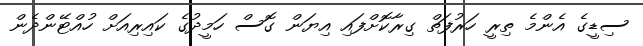
ސިޑީގެ އެންމެ ތިރީ ހަރުފަތް ގިރާކޮށްފައި އިޔަން ގޮސް ހަމީދުގެ ކައިރިއަށް ހުއްޓޭންދެން